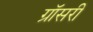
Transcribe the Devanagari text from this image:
ग्रॉसरी